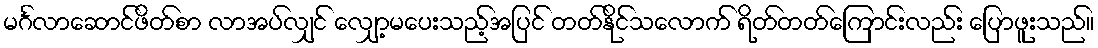
မင်္ဂလာဆောင်ဖိတ်စာ လာအပ်လျှင် လျှော့မပေးသည့်အပြင် တတ်နိုင်သလောက် ရိတ်တတ်ကြောင်းလည်း ပြောဖူးသည်။